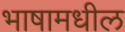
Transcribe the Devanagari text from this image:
भाषामधील